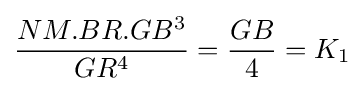
{\frac {NM.BR.GB^{3}}{GR^{4}}}={\frac {GB}{4}}=K_{1}